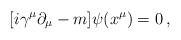
\begin{align*}[ i\gamma^\mu\partial_\mu -m ] \psi (x^\mu) = 0\, , \end{align*}